system: You are a helpful assistant.
user:
Analyze the provided spectrum to determine if it is a **Carbon Star (C-type)**.

- **Key Visual Indicators of Carbon Star:**
    - **(Primary):** Strong molecular absorption from **C₂ (diatomic carbon) "Swan Bands."** This is the **defining feature** of a carbon star.
        - **(Key Bandheads):** Sharp absorption edges are visible at approximately $5635$ Å, $5165$ Å (the strongest band), and $4737$ Å.
        - **(Line Profile):** Creates a distinct **"saw-tooth"** pattern. The key morphology is a sharp, steep bandhead on the **red (long-wavelength) side**, which then gradually tapers off (i.e., flux recovers) towards the **blue (short-wavelength) side**. *(This is the direct opposite of the TiO bands seen in M-type stars)*.

    - **(Secondary):** Intense **CN (cyanogen)** molecular absorption bands.
        - **(Key Bandheads):** Located in the blue and violet regions of the spectrum (e.g., near $4215$ Å and $3883$ Å).
        - **(Morphology):** These bands are extremely broad and act as a "blanket," absorbing the vast majority of blue and violet light. This creates a characteristic **"cliff"** or **"steep drop-off"** in the spectrum's flux at short wavelengths.

    - **(Key Confirmation):** Strong **CH absorption band (G-band)**.
        - **(Key Bandhead):** Located around $4300$ Å. The contribution from CH molecules to this band is exceptionally strong.

    - **(Overall Spectrum):**
        - The continuum is severely "chopped up" by these deep molecular bands, especially C₂, rather than appearing as a smooth curve.
        - Due to the heavy CN and C₂ absorption in the blue-green, the vast majority of the star's flux is concentrated in the red part of the spectrum, giving the star its characteristic deep red color.

Think first, call **spectral_visualization_tool** if needed to examine features in detail, then provide your final answer. Your response must adhere to the following strict rules:
1.  **Overall Structure:** Your response must follow the format `<think>...</think> <tool_call>...</tool_call> (if a tool is used) <answer>...</answer>`.
2.  **Tool Usage Constraint:** You may only make **one** tool call per turn.
3.  **Final Answer Format:** In the `<answer>` tag, your conclusion must be inside a `\boxed{}` command (e.g., `\boxed{YES}`), followed by your justification.

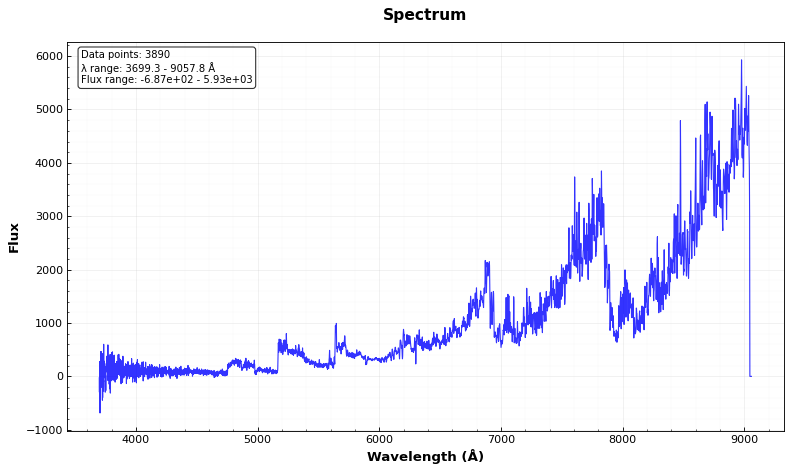
Answer: YES